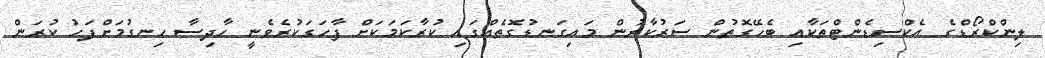
ލިންކްރޯޑްގެ އެކްސިޑެންޓްތަކާއި ބެހޭގޮތުން ސަރުކާރުން މައިގަނޑުގޮތެއްގައި ކުރާކަމަކަށް ފާހަގަކުރެވެނީ ހާދިސާ ހިނގުމަށްފަހު ކުރަން